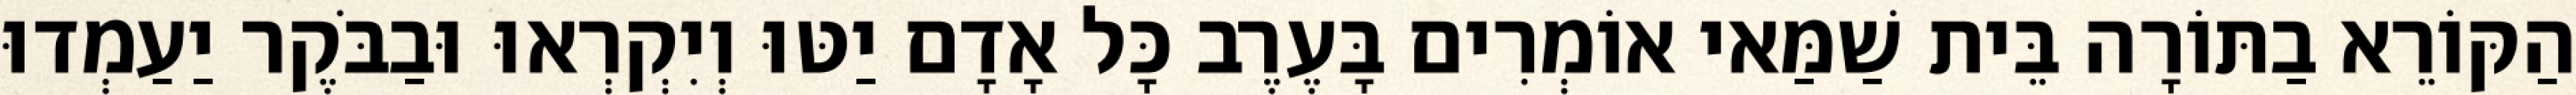
הַקּוֹרֵא בַתּוֹרָה בֵּית שַׁמַּאי אוֹמְרִים בָּעֶרֶב כָּל אָדָם יַטּוּ וְיִקְרְאוּ וּבַבֹּקֶר יַעַמְדוּ